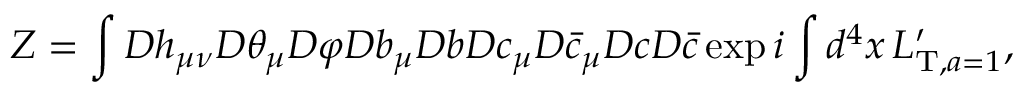
Z = \int { \cal D } h _ { \mu \nu } { \cal D } \theta _ { \mu } { \cal D } \varphi { \cal D } b _ { \mu } { \cal D } b { \cal D } c _ { \mu } { \cal D } \bar { c } _ { \mu } { \cal D } c { \cal D } \bar { c } \exp i \int d ^ { 4 } x \, L _ { \mathrm { T } , a = 1 } ^ { \prime } ,